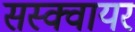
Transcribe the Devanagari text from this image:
सस्क्वायर